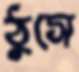
ঠুসে